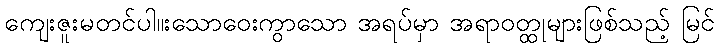
ကျေးဇူးမတင်ပါ။းသောဝေးကွာသော အရပ်မှာ အရာဝတ္ထုများဖြစ်သည့် မြင်